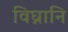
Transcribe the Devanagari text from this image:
विघ्नानि